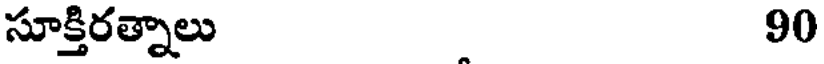
సూక్తిరత్నాలు 90